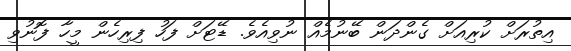
އިތުރަށް ކުރިއަށް ގެންދަން ބޭނުމެއް ނުވިއެވެ. ޑޭޓަށް ފަހު ފިރިހެން މީހާ ފޮނުވި